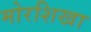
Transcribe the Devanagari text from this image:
मोरशिखा